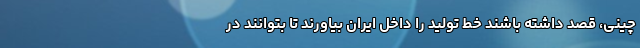
چینی، قصد داشته باشند خط تولید را داخل ایران بیاورند تا بتوانند در